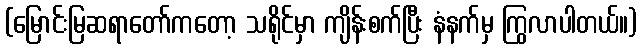
(မြောင်းမြဆရာတော်ကတော့ သရိုင်မှာ ကျိန်းစက်ပြီး နံနက်မှ ကြွလာပါတယ်။)